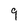
Character: g